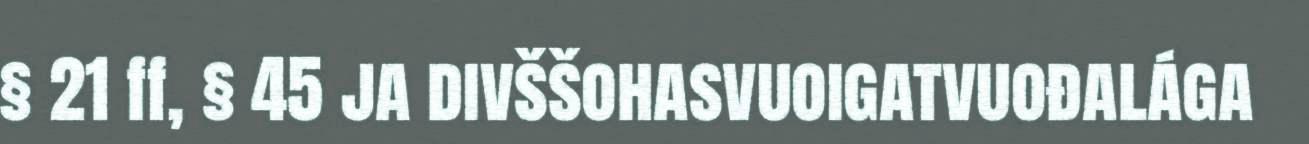
§ 21 ff, § 45 ja divššohasvuoigatvuođalága